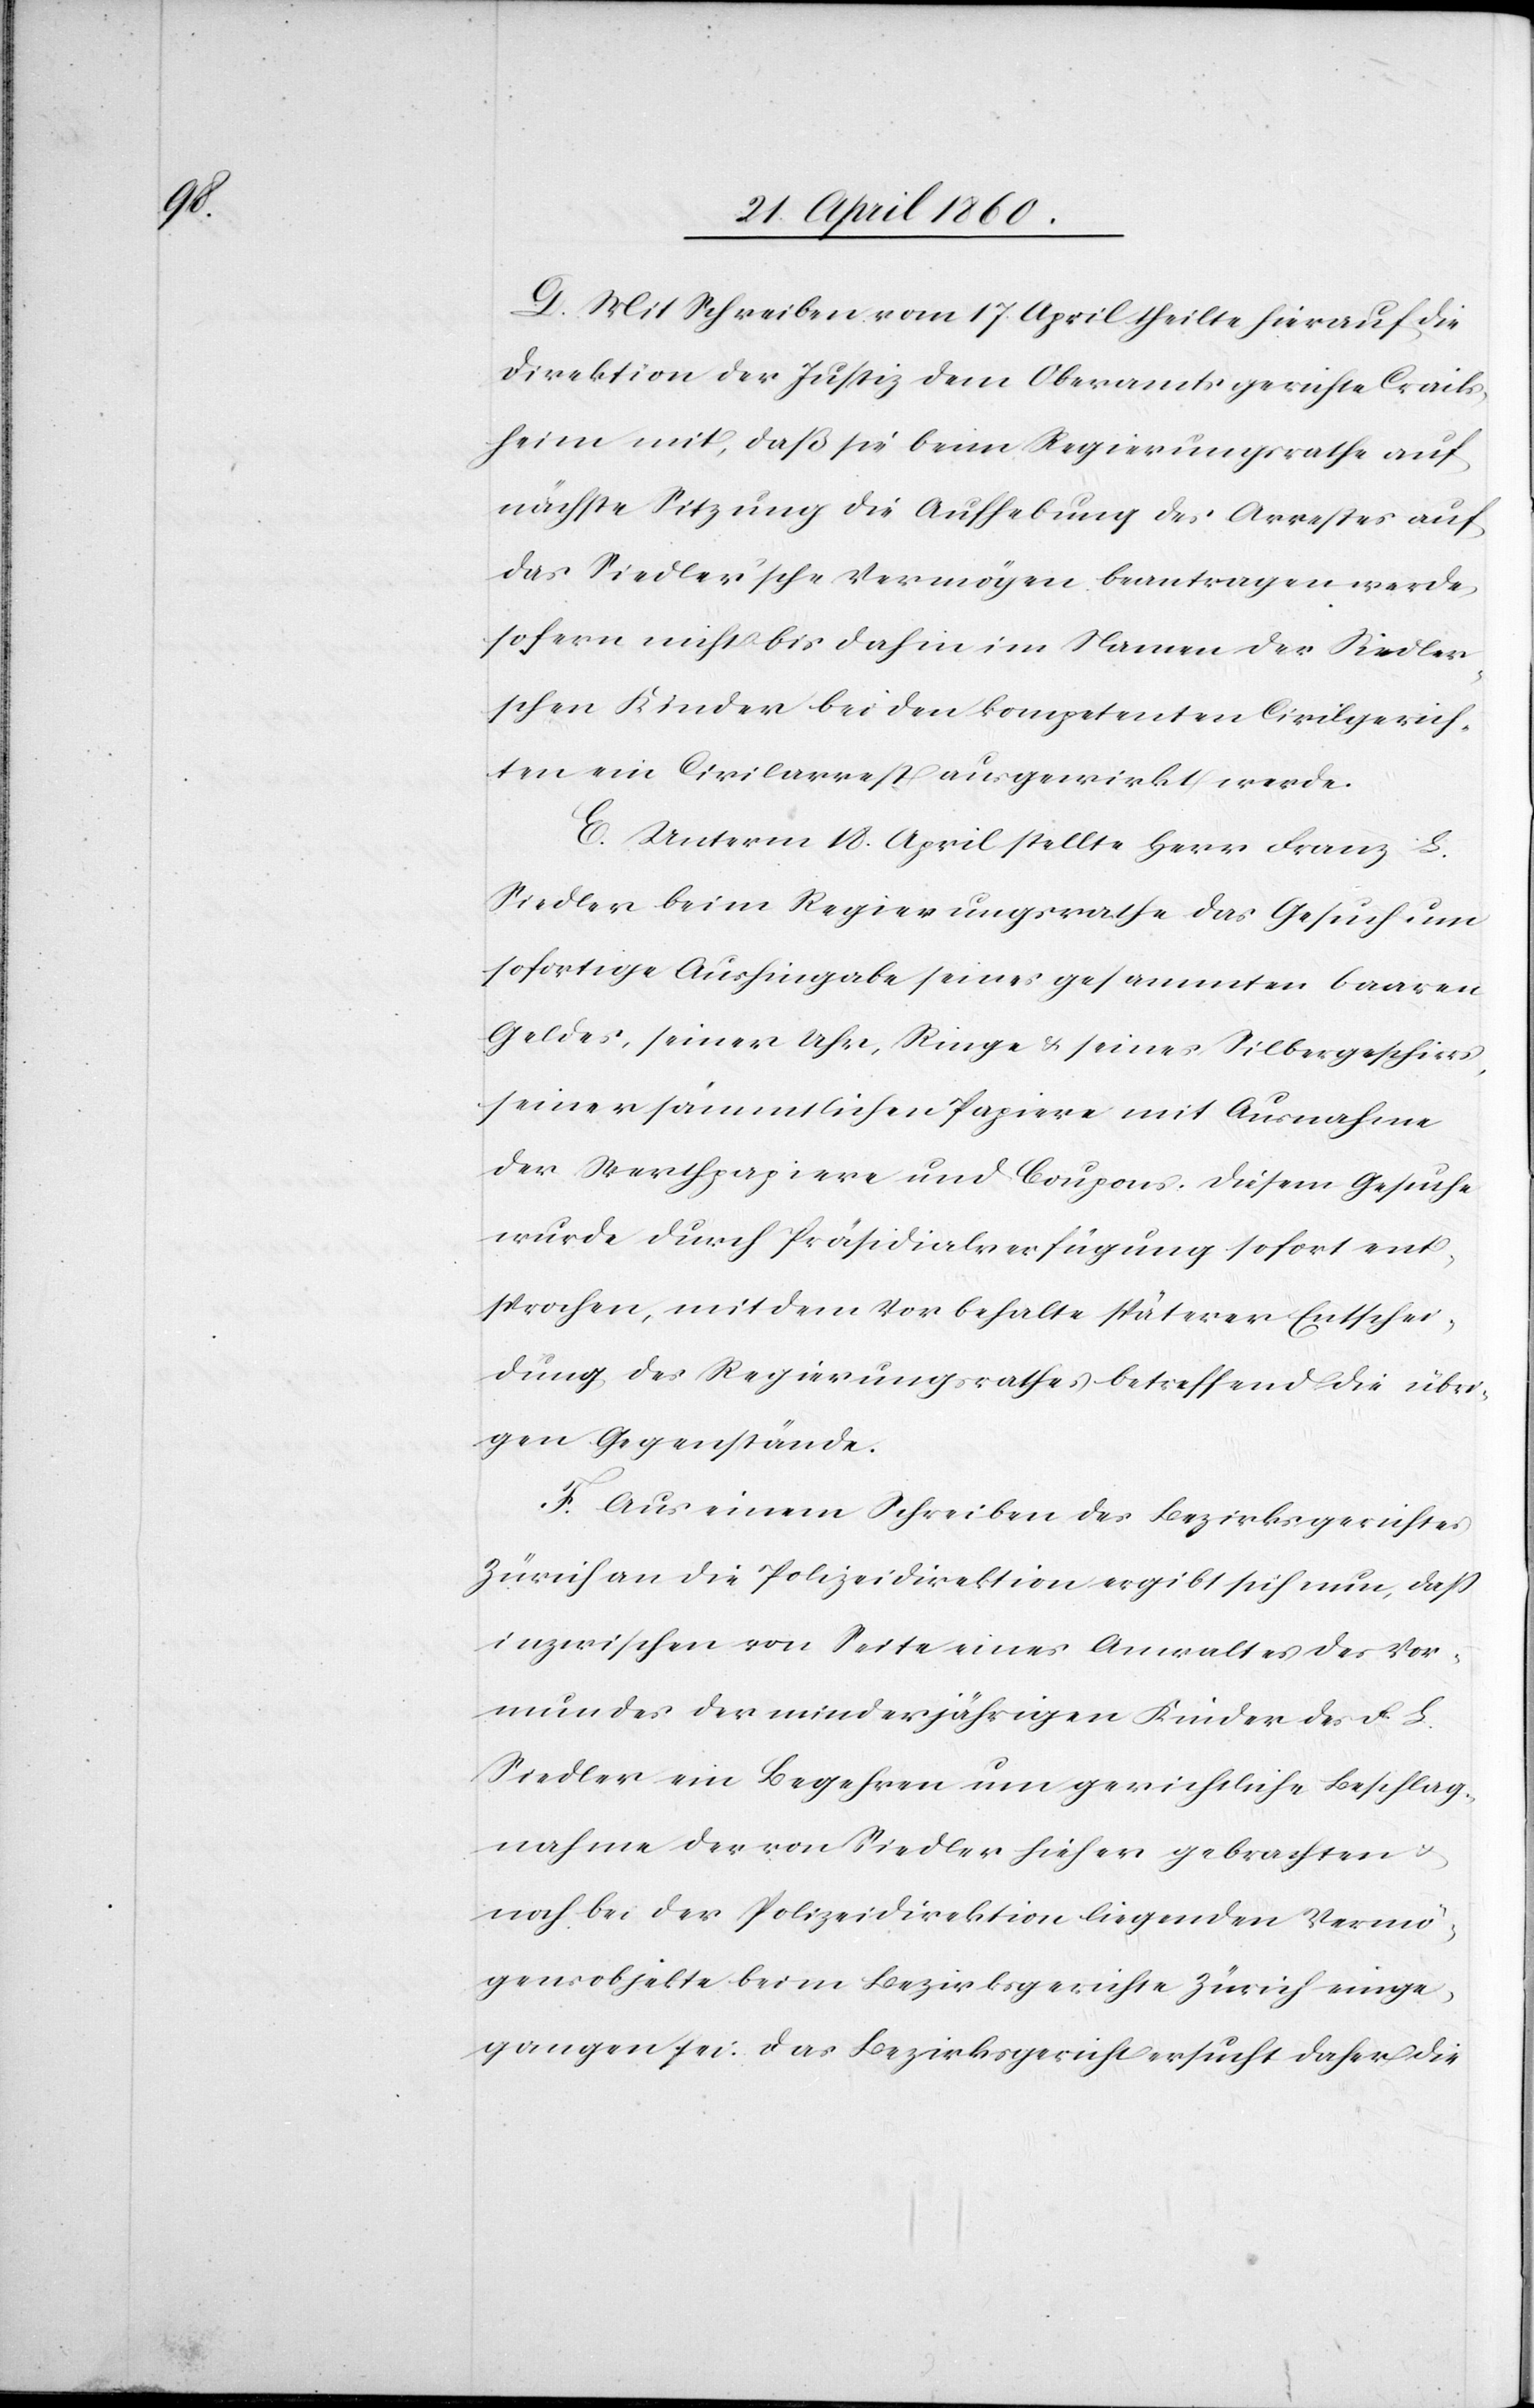
D. Mit Schreiben vom 17. April theilte hierauf die
Direktion der Justiz dem Oberamtsgerichte Crails¬
heim mit, dass sie beim Regierungsrathe auf
nächste Sitzung die Aufhebung des Arrestes auf
das Siedler’sche Vermögen beantragen werde,
sofern nicht bis dahin im Namen der Siedler¬
schen Kinder bei den kompetenten Civilgerich¬
ten ein Civilarrest ausgewirkt werde.
E. Unterm 18. April stellte Herr Franz L.
Siedler beim Regierungsrathe das Gesuch um
sofortige Aushingabe seines gesammten baaren
Geldes, seiner Uhr, Ringe u. seines Silbergeschirrs,
seiner sämmtlichen Papiere mit Ausnahme
der Werthpapiere und Coupons. Diesem Gesuche
wurde durch Präsidialverfügung sofort ent¬
sprochen, mit dem Vorbehalte späterer Entschei¬
dung des Regierungsrathes betreffend die übri¬
gen Gegenstände.
F. Aus einem Schreiben des Bezirksgerichtes
Zürich an die Polizeidirektion ergibt sich nun, dass
inzwischen von Seite eines Anwaltes des Vor¬
mundes der minderjährigen Kinder des F. L.
Siedler ein Begehren um gerichtliche Beschlag¬
nahme der von Siedler hieher gebrachten u.
noch bei der Polizeidirektion liegenden Vermö¬
gensobjekte beim Bezirksgerichte Zürich einge¬
gangen sei. Das Bezirksgericht ersucht daher die